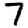
Digit: 7